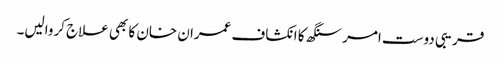
قریبی دوست امر سنگھ کا انکشاف عمران خان کا بھی علاج کروالیں۔